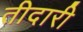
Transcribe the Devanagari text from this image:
तीदारी